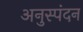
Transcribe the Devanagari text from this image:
अनुस्पंदन